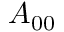
A _ { 0 0 }